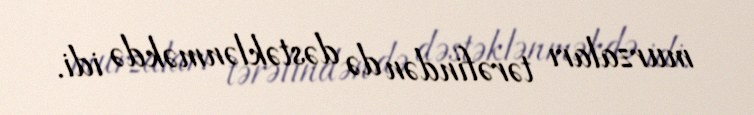
murzaları tərəfindən də dəstəklənməkdə idi.